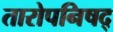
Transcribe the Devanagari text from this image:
तारोपनिषद्